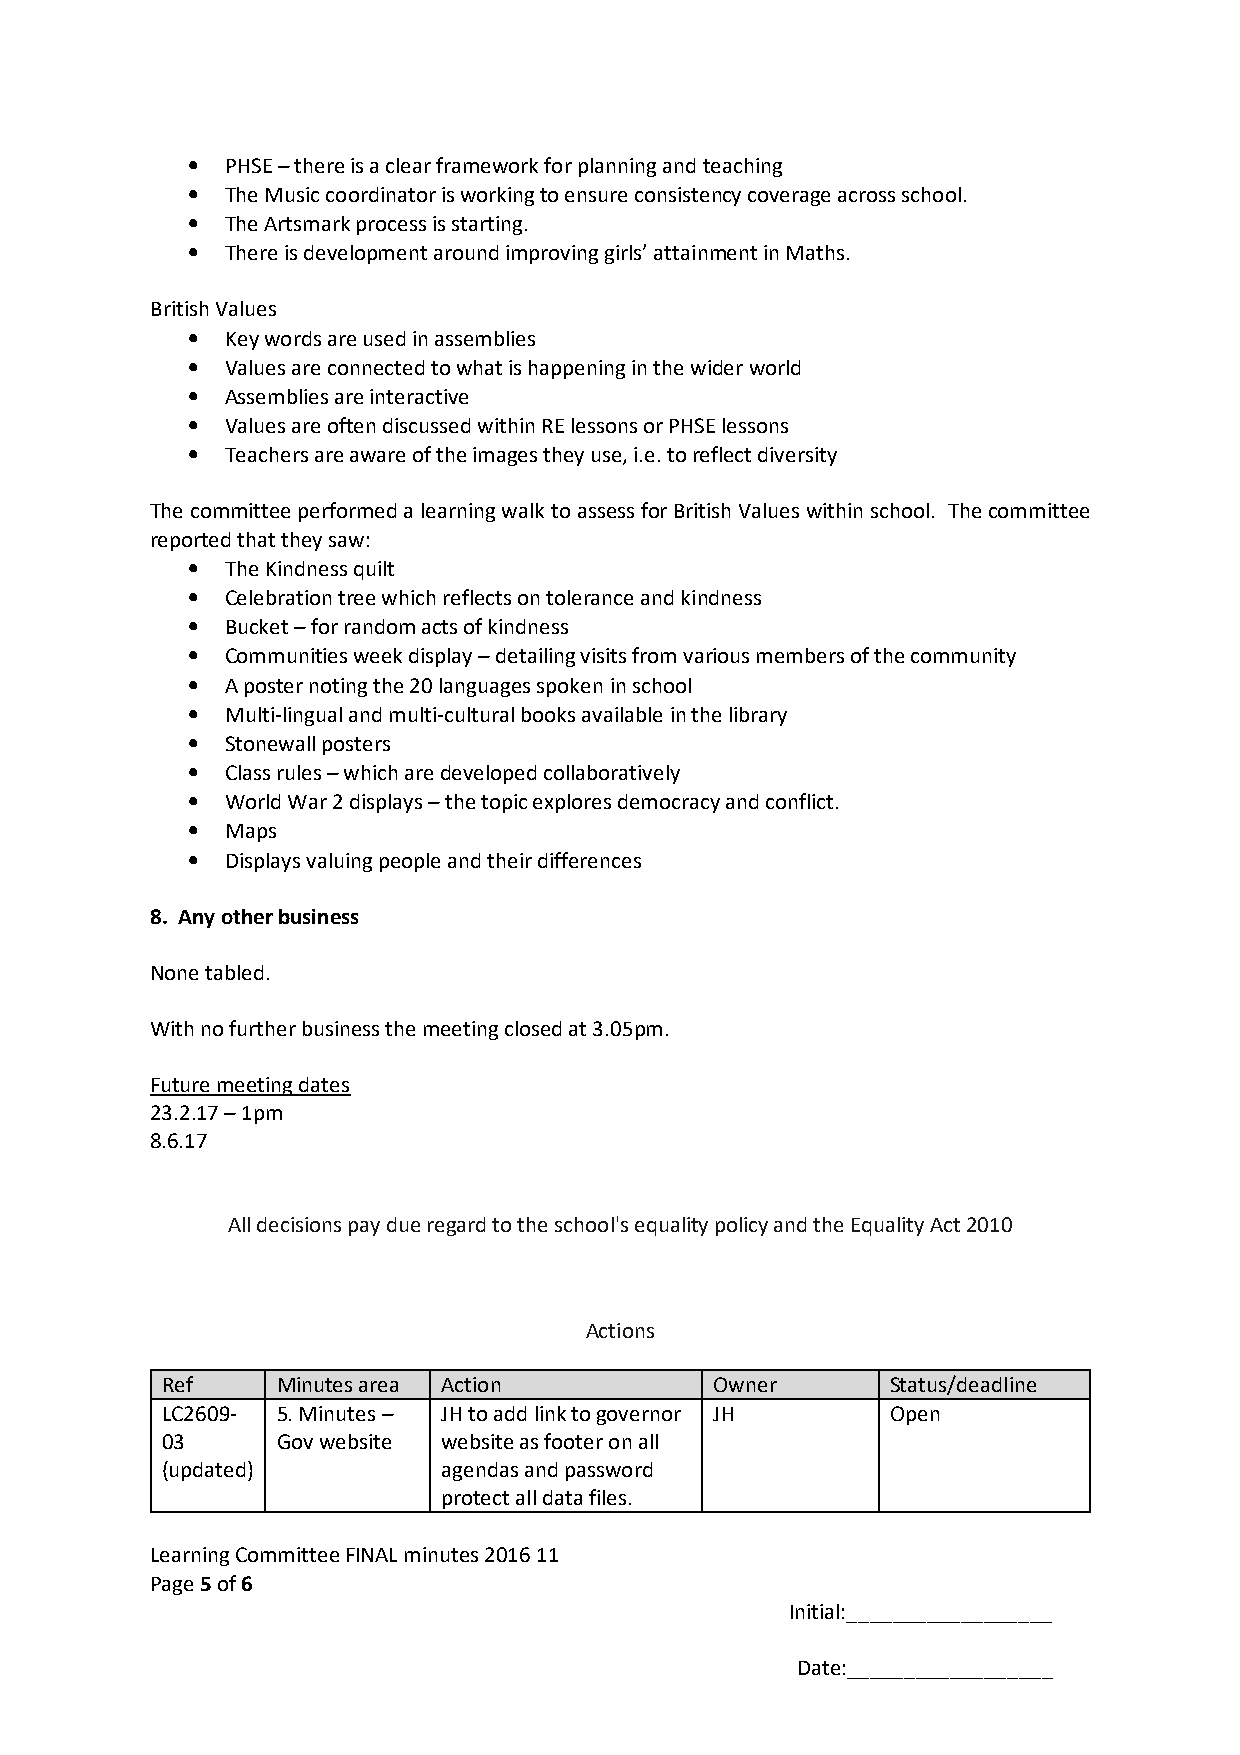
•  PHSE – there is a clear framework for planning and teaching
 •  The Music coordinator is working to ensure consistency coverage across school.
 •  The Artsmark process is starting.
 •  There is development around improving girls’ attainment in Maths.
 British Values
 •  Key words are used in assemblies
 •  Values are connected to what is happening in the wider world
 •  Assemblies are interactive
 •  Values are often discussed within RE lessons or PHSE lessons
 •  Teachers are aware of the images they use, i.e. to reflect diversity
 The committee performed a learning walk to assess for British Values within school. The committee
 reported that they saw:
 •  The Kindness quilt
 •  Celebration tree which reflects on tolerance and kindness
 •  Bucket – for random acts of kindness
 •  Communities week display – detailing visits from various members of the community
 •  A poster noting the 20 languages spoken in school
 •  Multi-lingual and multi-cultural books available in the library
 •  Stonewall posters
 •  Class rules – which are developed collaboratively
 •  World War 2 displays – the topic explores democracy and conflict.
 •  Maps
 •  Displays valuing people and their differences
 8. Any other business
 None tabled.
 With no further business the meeting closed at 3.05pm.
 Future meeting dates
 23.2.17 – 1pm
 8.6.17
 All decisions pay due regard to the school's equality policy and the Equality Act 2010
 Actions
 Ref    Minutes area Action          Owner       Status/deadline
 LC2609- 5. Minutes – JH to add link to governor JH Open
 03     Gov website website as footer on all
 (updated)         agendas and password
 protect all data files.
 Learning Committee FINAL minutes 2016 11
 Page 5 of 6
 Initial:__________________
 Date:__________________